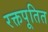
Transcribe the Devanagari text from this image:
रक्तपूतित